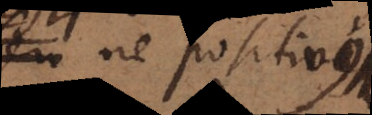
est ne positivus